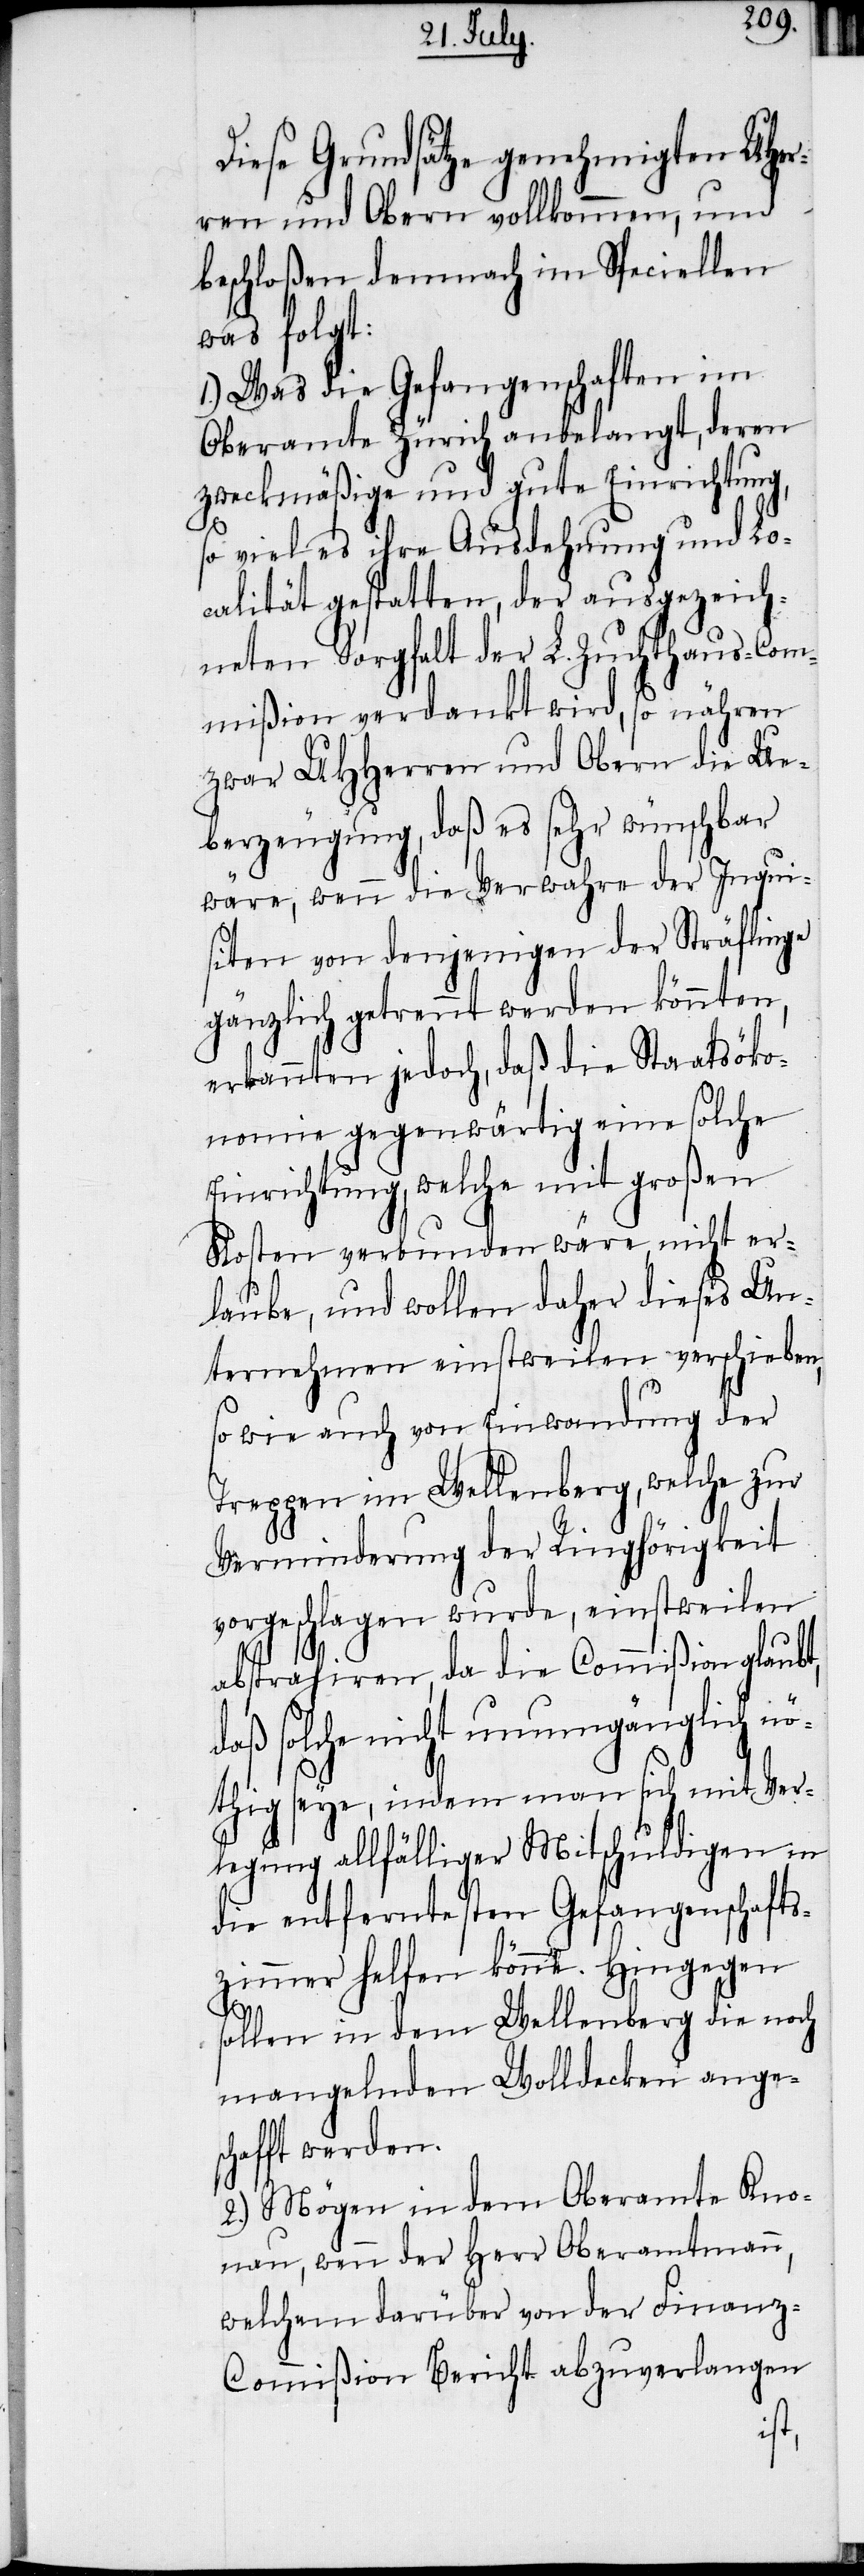
Diese Grundsätze genehmigten UHer¬
ren und Obern vollkommen, und
beschloßen demnach im Speciellen
was folgt:
1.) Was die Gefangenschaften im
Oberamte Zürich anbelangt, deren
zweckmäßige und gute Einrichtung,
so viel es ihre Ausdehnung und Lo¬
calität gestatten, der ausgezeich¬
neten Sorgfalt der L. Zuchthaus-Com¬
mißion verdankt wird, so nähren
zwar UHHerren und Obern die Ue¬
berzeugung, daß es sehr wünschbar
wäre, wenn die Verwahre der Inqui¬
siten von denjenigen der Sträflinge
gänzlich getrennt werden könnten,
erkannten jedoch, daß die Staatsöko¬
nomie gegenwärtig eine solche
Einrichtung, welche mit großen
Kosten verbunden wäre, nicht er¬
laube, und wollen daher dieses Un¬
ternehmen einstweilen verschieben,
so wie auch von Einwandung der
Treppen im Wellenberg, welche zur
Verminderung der Ringhörigkeit
vorgeschlagen wurde, einstweilen
abstrahiren, da die Commißion glaubt,
daß solche nicht unumgänglich n¬
öthig seye, indem man sich mit Ver¬
legung allfälliger Mitschuldigen in
die entferntesten Gefangenschafts¬
zimmer helfen könne. Hingegen
sollen in dem Wellenberg die noch
mangelnden Wolldecken anges¬
chafft werden.
2.) Mögen in dem Oberamte Kno¬
nau, wenn der Herr Oberamtmann,
welchem darüber von der Finanz-C¬
ommißion Bericht abzuverlangen